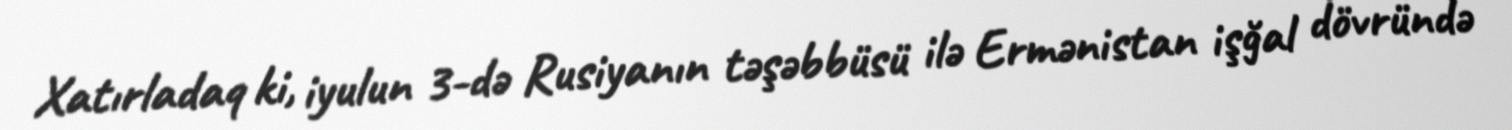
Xatırladaq ki, iyulun 3-də Rusiyanın təşəbbüsü ilə Ermənistan işğal dövründə